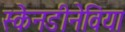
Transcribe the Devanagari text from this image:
स्केनडीनेविया